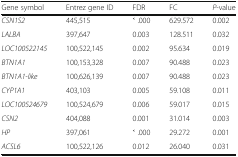
| Gene symbol | Entrez gene ID | FDR | FC | P-value |
 | --- | --- | --- | --- | --- |
 | CSN1S2 | 445,515 | ˂ .000 | 629.572 | 0.002 |
 | LALBA | 397,647 | 0.003 | 128.511 | 0.032 |
 | LOC100522145 | 100,522,145 | 0.002 | 95.634 | 0.019 |
 | BTN1A1 | 100,153,328 | 0.007 | 90.488 | 0.023 |
 | BTN1A1-like | 100,626,139 | 0.007 | 90.488 | 0.023 |
 | CYP1A1 | 403,103 | 0.005 | 59.108 | 0.011 |
 | LOC100524679 | 100,524,679 | 0.006 | 59.017 | 0.015 |
 | CSN2 | 404,088 | 0.001 | 31.014 | 0.003 |
 | HP | 397,061 | ˂ .000 | 29.272 | 0.001 |
 | ACSL6 | 100,522,126 | 0.012 | 26.040 | 0.031 |